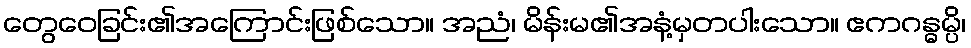
တွေဝေခြင်း၏အကြောင်းဖြစ်သော။ အညံ၊ မိန်းမ၏အနံ့မှတပါးသော။ ဧကဂန္ဓမ္ပိ၊